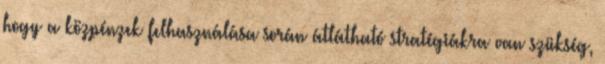
hogy a közpénzek felhasználása során átlátható stratégiákra van szükség,